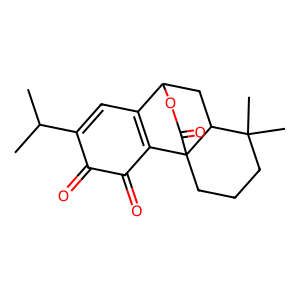
SMILES: CC(C)C1=CC2=C(C(=O)C1=O)C13CCCC(C)(C)C1CC2OC3=O
Inhibits HIV replication: No